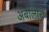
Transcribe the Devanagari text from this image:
अबोलीचे